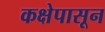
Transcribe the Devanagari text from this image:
कक्षेपासून